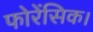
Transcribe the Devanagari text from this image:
फोरेंसिक।